Annual report on the lock hospitals of the Madras Presidency
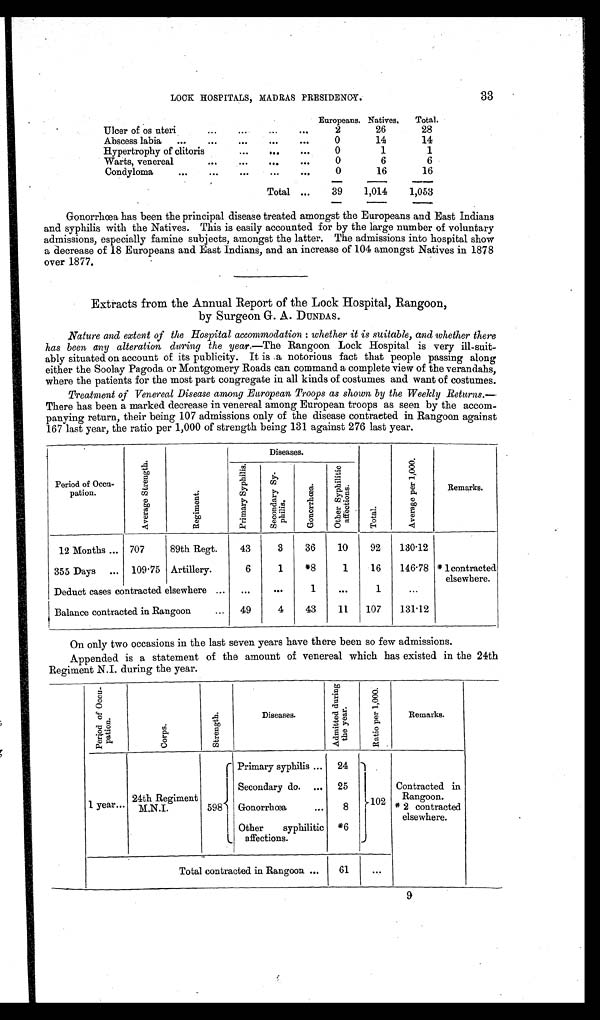
33
LOOK HOSPITALS, MADRAS PRESIDENCY.
Europeans. Natives.
Total.
Ulcer of os uteri
...
...
...
...
2
26
28
Abscess labia
...
...
...
...
0
14
14
Hypertrophy of clitoris
...
. . .
. . .
0
1
1
Warts, venereal
...
...
. . .
...
0
6
6
Condyloma
...
...
...
. . .
...
0
16
16
Total . . . ...
39
1,014
1,053
Gonorrhœa has been the principal disease treated amongst the Europeans and East Indians
and syphilis with the Natives. This is easily accounted for by the large number of voluntary
admissions, especially famine subjects, amongst the latter. The admissions into hospital show
a decrease of 18 Europeans and East Indians, and an increase of 104 amongst Natives in 1878
over 1877.
Extracts from the Annual Report of the Lock Hospital, Rangoon,
by Surgeon G. A. DUNDAS.
Nature and extent of the Hospital accommodation : whether it is suitable, and whether there
has been any alteration during the year. —The Rangoon Lock Hospital is very ill-suit-
ably situated on account of its publicity. It is a notorious fact that people passing along
either the Soolay Pagoda or Montgomery Roads can command a complete view of the verandahs,
where the patients for the most part congregate in all kinds of costumes and want of costumes.
Treatment of Venereal Disease among European Troops as shown by the Weekly Returns.—
There has been a marked decrease in venereal among European troops as seen by the accom-
panying return, their being 107 admissions only of the disease contracted in Rangoon against
167 last year, the ratio per 1,000 of strength being 131 against 276 last year.
Period of Occu-
pation.
A v e r a g e S t r e n g t h .
R e g i m e n t .
Diseases.
T o t a l .
A v e r a g e p e r 1 , 0 0 0 .
Remarks.
P r i m a r y S y p h i l i s .
S e c o n d a r y S y - p h i l i s .
G o n o r r h œ a .
O t h e r S y p h i l i s a f f e c t i o n s .
12 Months ... 707
89th Regt.
43
3
36
10
92
130.12
355 Days ... 109.75 Artillery.
6
1
*8
1
16
146.78 * 1 contracted
elsewhere.
Deduct cases contracted elsewhere ...
...
. . .
1
...
1
...
Balance contracted in Rangoon
...
49
4
43
11
107
131.12
On only two occasions in the last seven years have there been so few admissions.
Appended is a statement of the amount of venereal which has existed in the 24th
Regiment N.I. during the year.
P e r i o d o f O c c u - p a t i o n .
C r o p s .
S t r e n g t h .
Diseases.
A d m i t t e d d u r i n g t h e y e a r .
R a t i o n p e r 1 , 0 0 0 .
Remarks.
1 year...
24th Regiment
M.N.I.
598
Primary syphilis ...
24
102
Contracted in
Rangoon.
* 2 contracted
elsewhere.
Secondary do. ... 25
Gonorrhœa
...
8
Other syphilitic
affections.
*6
Total contracted in Rangoon ...
61
9